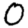
Digit: 0